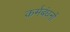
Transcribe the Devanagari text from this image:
कर्मबंधनों